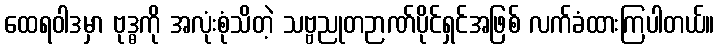
ထေရဝါဒမှာ ဗုဒ္ဓကို အလုံးစုံသိတဲ့ သဗ္ဗညုတဉာဏ်ပိုင်ရှင်အဖြစ် လက်ခံထားကြပါတယ်။